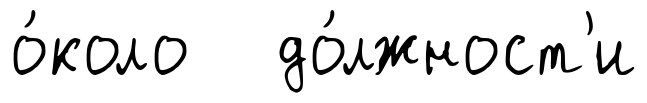
о́коло до́лжност'и